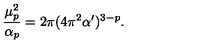
\frac { \mu _ { p } ^ { 2 } } { \alpha _ { p } } = 2 \pi ( 4 \pi ^ { 2 } \alpha ^ { \prime } ) ^ { 3 - p } .